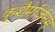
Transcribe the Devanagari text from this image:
कुशैर्मार्जनम्